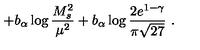
+ b _ { \alpha } \log \frac { M _ { s } ^ { 2 } } { \mu ^ { 2 } } + b _ { \alpha } \log \frac { 2 e ^ { 1 - \gamma } } { \pi \sqrt { 2 7 } } \ .